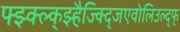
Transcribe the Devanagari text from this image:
फ्झ्क्ल्क्झ्हैज्क्द्जिएवोलिउल्द्फ्